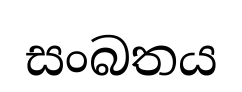
සංබතය